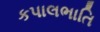
કપાલભાતિ